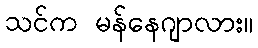
သင်က မန်နေဂျာလား။